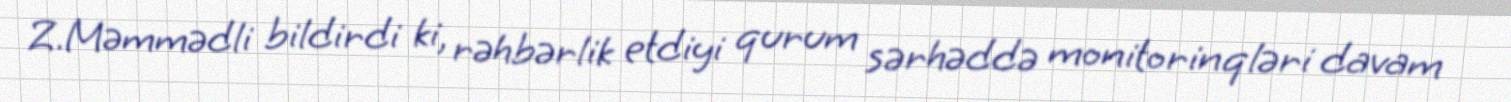
Z.Məmmədli bildirdi ki, rəhbərlik etdiyi qurum sərhəddə monitorinqləri davam